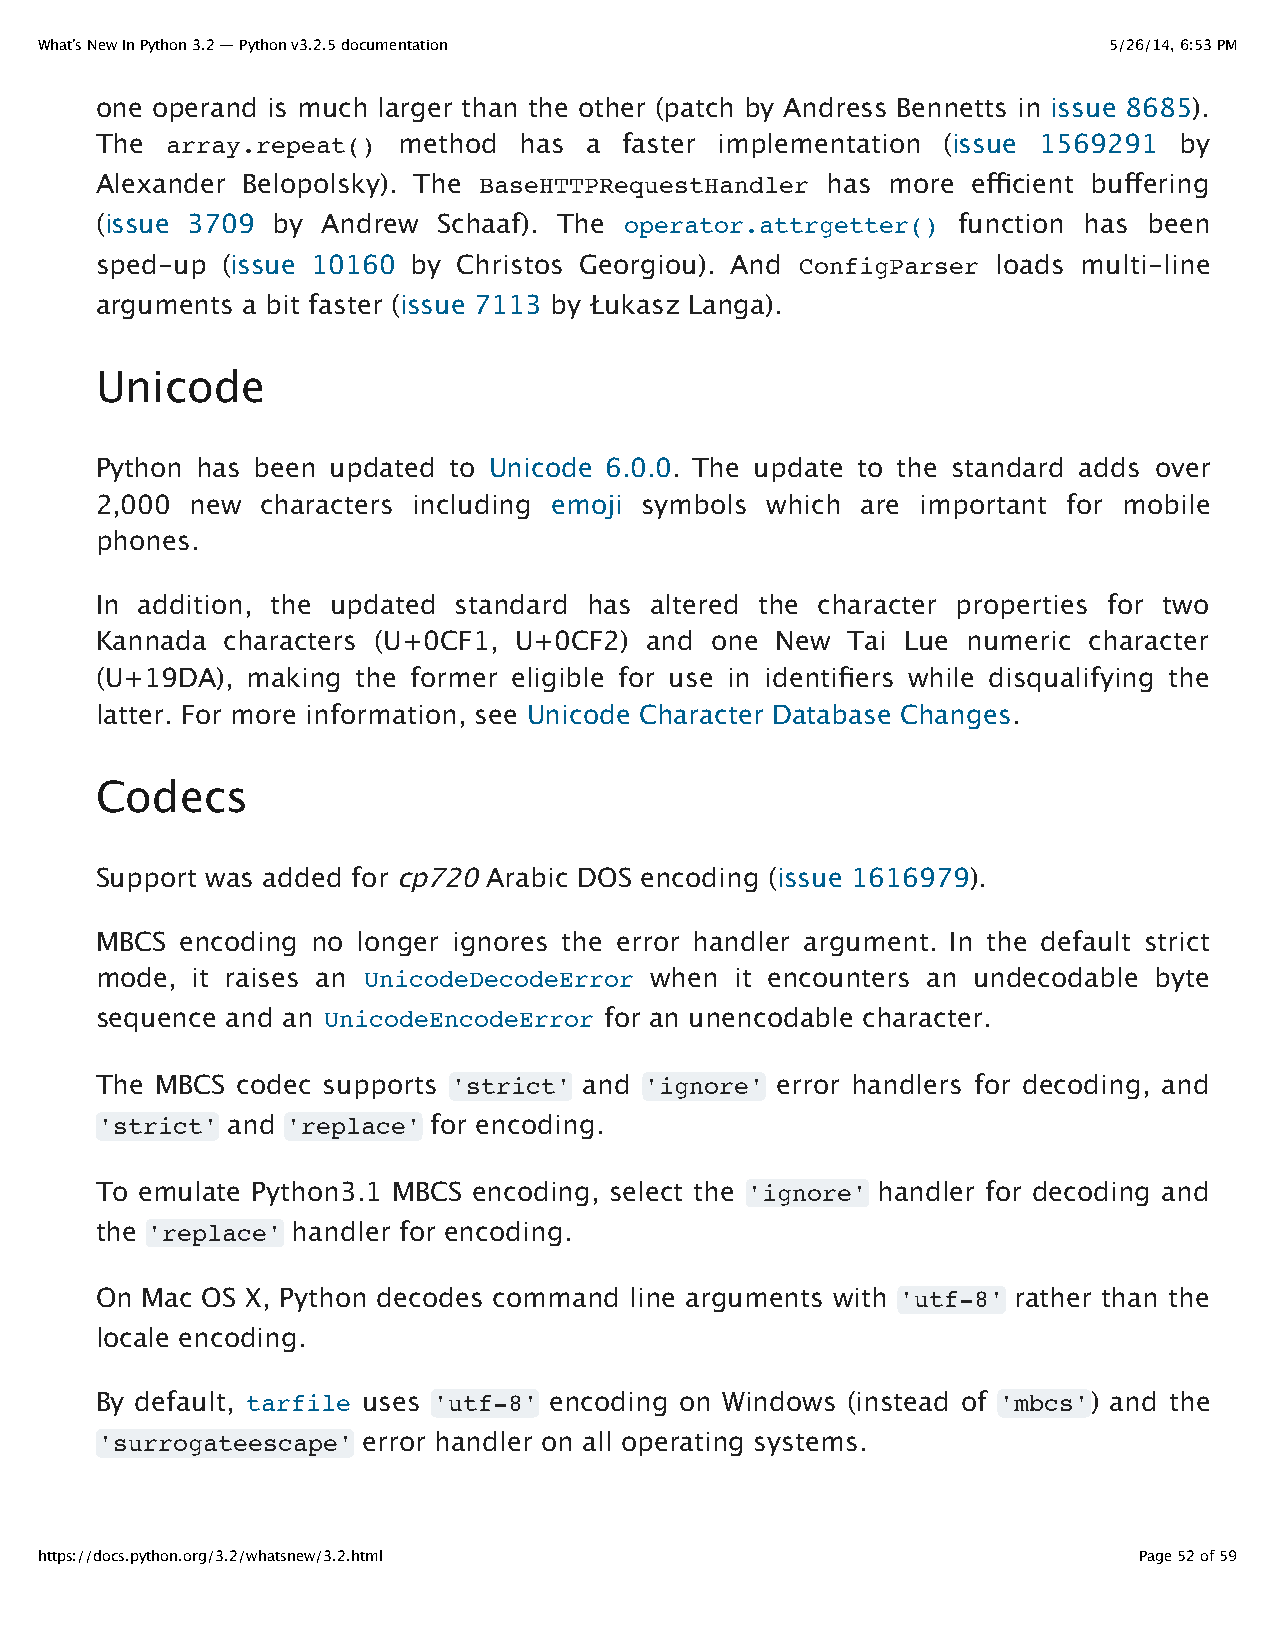
What’s New In Python 3.2 — Python v3.2.5 documentation                 5/26/14, 6:53 PM
 one operand is much larger than the other (patch by Andress Bennetts in issue 8685).
 The  array.repeat() method  has  a faster implementation (issue 1569291 by
 Alexander Belopolsky). The BaseHTTPRequestHandler has more efficient buffering
 (issue 3709 by Andrew  Schaaf). The operator.attrgetter() function has been
 sped-up  (issue 10160 by Christos Georgiou). And ConfigParser loads multi-line
 arguments a bit faster (issue 7113 by Łukasz Langa).
 Unicode
 Python has been updated to Unicode 6.0.0. The update to the standard adds over
 2,000  new characters including emoji symbols which are important for mobile
 phones.
 In addition, the updated standard has altered the character properties for two
 Kannada  characters (U+0CF1, U+0CF2) and one New  Tai Lue numeric character
 (U+19DA), making  the former eligible for use in identifiers while disqualifying the
 latter. For more information, see Unicode Character Database Changes.
 Codecs
 Support was added for cp720 Arabic DOS encoding (issue 1616979).
 MBCS  encoding no longer ignores the error handler argument. In the default strict
 mode,  it raises an UnicodeDecodeError when it encounters an undecodable byte
 sequence and an UnicodeEncodeError for an unencodable character.
 The MBCS  codec supports 'strict' and 'ignore' error handlers for decoding, and
 'strict' and 'replace' for encoding.
 To emulate Python3.1 MBCS encoding, select the 'ignore' handler for decoding and
 the 'replace' handler for encoding.
 On Mac OS X, Python decodes command line arguments with 'utf-8' rather than the
 locale encoding.
 By default, tarfile uses 'utf-8' encoding on Windows (instead of 'mbcs') and the
 'surrogateescape' error handler on all operating systems.
 https://docs.python.org/3.2/whatsnew/3.2.html                            Page 52 of 59